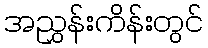
အညွှန်းကိန်းတွင်